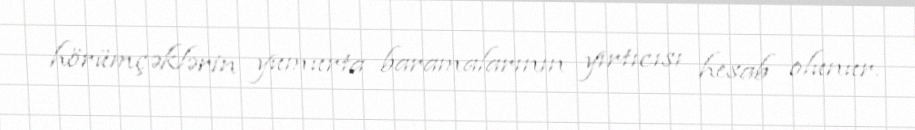
hörümçəklərin yumurta baramalarının yırtıcısı hesab olunur.